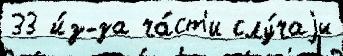
33 и́з-за ча́ст'и слу́чаjи